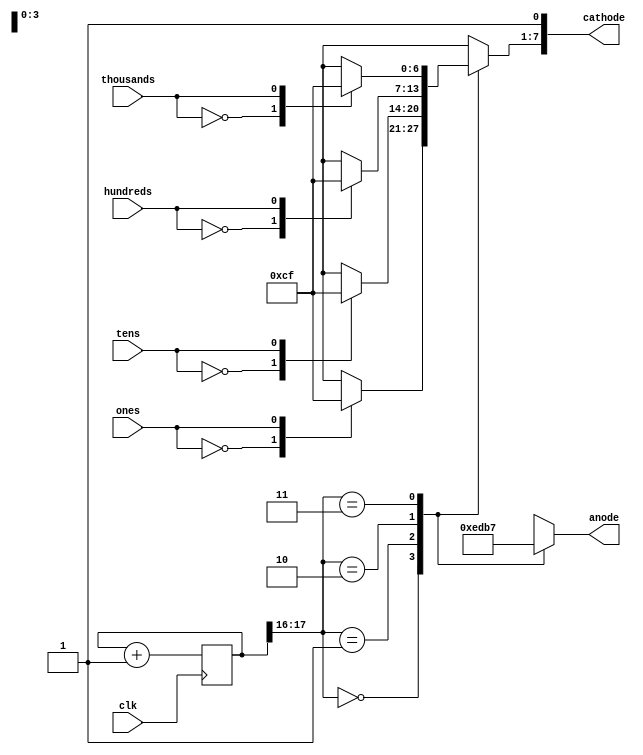
`timescale 1ns / 1ps
module sevenseg(
    input clk,
    input ones,
    input tens,
    input hundreds,
    input thousands,    
    output [7:0] cathode,
    output [3:0] anode
    );
     reg [6:0]sseg_temp;
     reg [3:0]an_temp = 4'b1110 ;
     reg [17:0] count; //the 18 bit counter which allows us to multiplex at 1000Hz
     
     always @ (posedge clk)
      begin
        count <= count + 1;
      end

	 //code for display multiple digits (do not initialize an_temp in line 41 and comment out lines 44 to 60)
     always @ (*)
      begin
       case(count[17:16]) //using only the 2 MSB's of the counter
         
        2'b00 :  //When the 2 MSB's are 00 enable the fourth display
         begin
          case(ones)
                1'b0 : sseg_temp = 7'b0000001; //to display 0
                1'b1 : sseg_temp = 7'b1001111; //to display 1
                default : sseg_temp = 7'b1111110; //dash
           endcase
          
          //sseg = ones;
          an_temp = 4'b1110;
         end
         
        2'b01:  //When the 2 MSB's are 01 enable the third display
         begin
             case(tens)
                1'b0 : sseg_temp = 7'b0000001; //to display 0
                1'b1 : sseg_temp = 7'b1001111; //to display 1
                default : sseg_temp = 7'b1111110; //dash
             endcase
            
          //sseg = tens;             
          an_temp = 4'b1101;
         end
         
        2'b10:  //When the 2 MSB's are 10 enable the second display
         begin
          case(hundreds)
               1'b0 : sseg_temp = 7'b0000001; //to display 0
               1'b1 : sseg_temp = 7'b1001111; //to display 1
           endcase
          
          //sseg = hundreds;
          an_temp = 4'b1011;
         end
          
        2'b11:  //When the 2 MSB's are 11 enable the first display
         begin
          case(thousands)
                1'b0 : sseg_temp = 7'b0000001; //to display 0
                1'b1 : sseg_temp = 7'b1001111; //to display 1
          endcase
          
          //sseg = thousands;
          an_temp = 4'b0111;
         end
       endcase
      end  
     
     assign anode = an_temp;
     assign cathode = {sseg_temp, 1'b1};
 endmodule